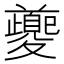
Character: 夔